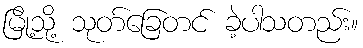
မြို့သို့ သုတ်ခြေတင် ခဲ့ပါသတည်း။